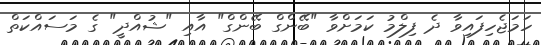
ހަމަޖެހިފައިވާ ދެ ފިލްމު ކަމަށްވާ "ބޭންގް ބޭންގް" އާއި "ޝުއްދީ" ގެ މަސައްކަތް